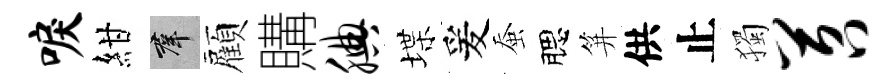
唳紺群顏購腆堞爰蚕腮笄供止獨苕